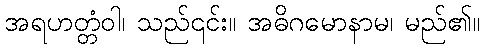
အရဟတ္တံဝါ၊ သည်၎င်း။ အဓိဂမောနာမ၊ မည်၏။